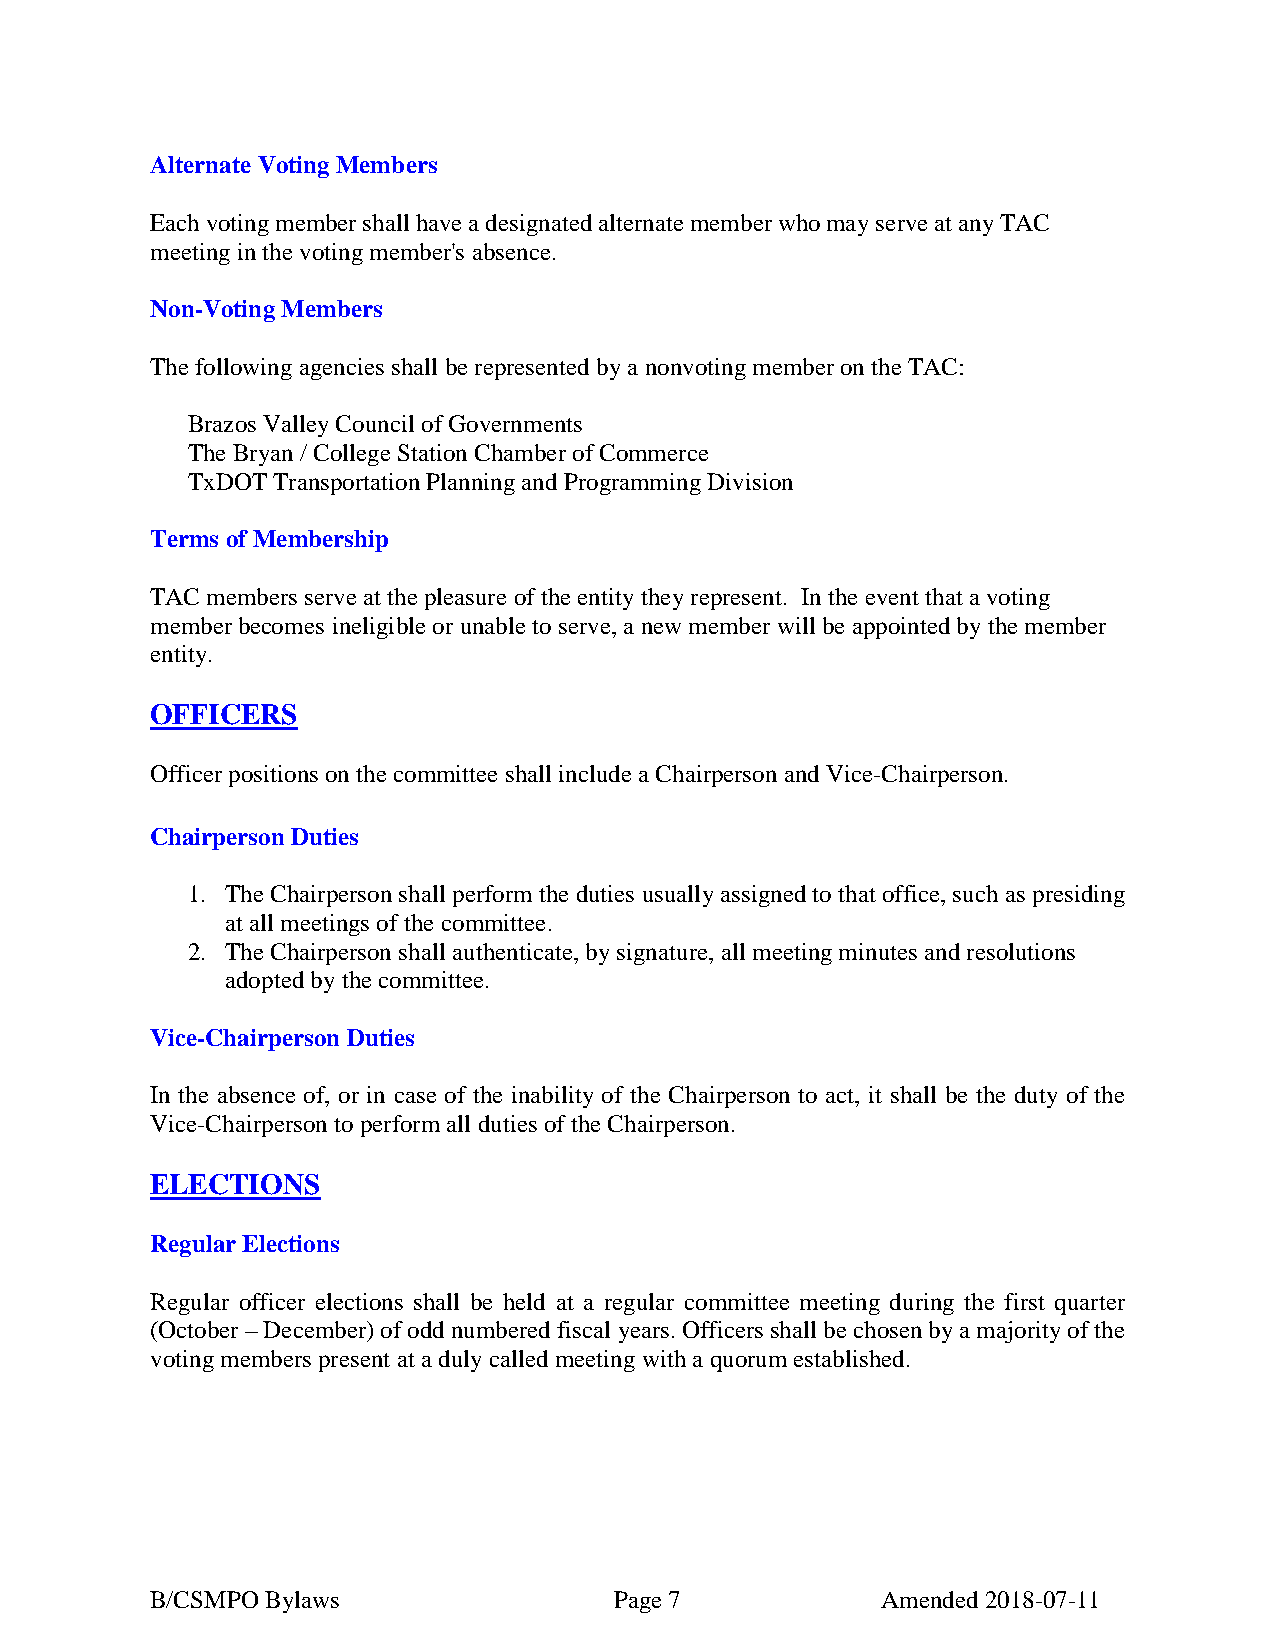
Alternate Voting Members
 Each voting member shall have a designated alternate member who may serve at any TAC
 meeting in the voting member's absence.
 Non-Voting Members
 The following agencies shall be represented by a nonvoting member on the TAC:
 Brazos Valley Council of Governments
 The Bryan / College Station Chamber of Commerce
 TxDOT Transportation Planning and Programming Division
 Terms of Membership
 TAC members serve at the pleasure of the entity they represent. In the event that a voting
 member becomes ineligible or unable to serve, a new member will be appointed by the member
 entity.
 OFFICERS
 Officer positions on the committee shall include a Chairperson and Vice-Chairperson.
 Chairperson Duties
 1. The Chairperson shall perform the duties usually assigned to that office, such as presiding
 at all meetings of the committee.
 2. The Chairperson shall authenticate, by signature, all meeting minutes and resolutions
 adopted by the committee.
 Vice-Chairperson Duties
 In the absence of, or in case of the inability of the Chairperson to act, it shall be the duty of the
 Vice-Chairperson to perform all duties of the Chairperson.
 ELECTIONS
 Regular Elections
 Regular officer elections shall be held at a regular committee meeting during the first quarter
 (October – December) of odd numbered fiscal years. Officers shall be chosen by a majority of the
 voting members present at a duly called meeting with a quorum established.
 B/CSMPO Bylaws                 Page 7           Amended 2018-07-11